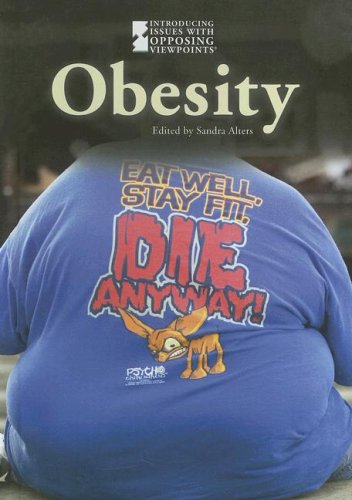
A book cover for Obesity (Introducing Issues with Opposing Viewpoints); Sandra Alters; Teen & Young Adult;